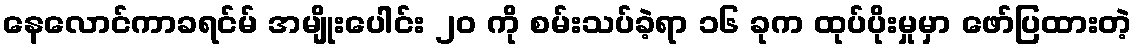
နေလောင်ကာခရင်မ် အမျိုးပေါင်း ၂၀ ကို စမ်းသပ်ခဲ့ရာ ၁၆ ခုက ထုပ်ပိုးမှုမှာ ဖော်ပြထားတဲ့